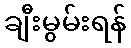
ချီးမွမ်းရန်